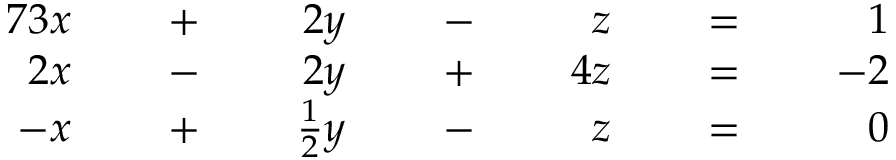
{ \begin{array} { r l r l r l r l r l r l r l } { { 7 } 3 x } & { } & { \; + \; } & { } & { 2 y } & { } & { \; - \; } & { } & { z } & { } & { \; = \; } & { } & { 1 } & { } \\ { 2 x } & { } & { \; - \; } & { } & { 2 y } & { } & { \; + \; } & { } & { 4 z } & { } & { \; = \; } & { } & { - 2 } & { } \\ { - x } & { } & { \; + \; } & { } & { { \frac { 1 } { 2 } } y } & { } & { \; - \; } & { } & { z } & { } & { \; = \; } & { } & { 0 } & { } \end{array} }